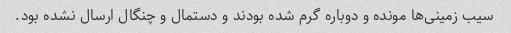
سیب زمینی‌ها مونده و دوباره گرم شده بودند و دستمال و چنگال ارسال نشده بود.